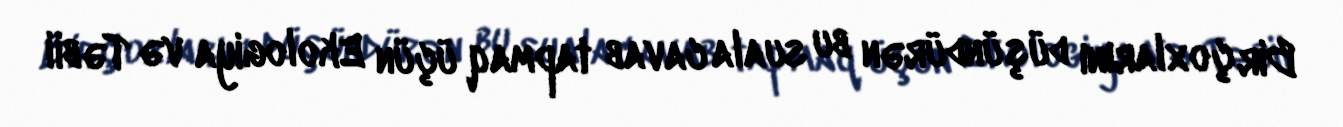
Bir çoxlarını düşündürən bu suala cavab tapmaq üçün Ekologiya və Təbii